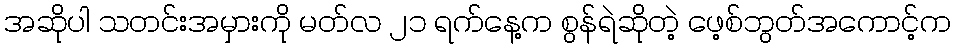
အဆိုပါ သတင်းအမှားကို မတ်လ ၂၁ ရက်နေ့က စွန်ရဲဆိုတဲ့ ဖေ့စ်ဘွတ်အကောင့်က